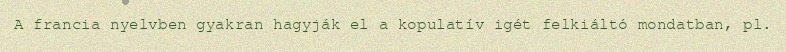
A francia nyelvben gyakran hagyják el a kopulatív igét felkiáltó mondatban, pl.